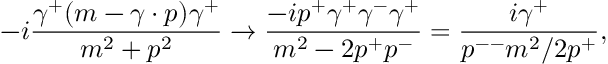
- i { \frac { \gamma ^ { + } ( m - \gamma \cdot p ) \gamma ^ { + } } { m ^ { 2 } + p ^ { 2 } } } \to { \frac { - i p ^ { + } \gamma ^ { + } \gamma ^ { - } \gamma ^ { + } } { m ^ { 2 } - 2 p ^ { + } p ^ { - } } } = { \frac { i \gamma ^ { + } } { p ^ { -- } m ^ { 2 } / 2 p ^ { + } } } ,